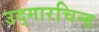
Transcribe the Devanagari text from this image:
उद्गारचिन्ह